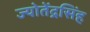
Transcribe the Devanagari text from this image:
ज्योतेंद्रसिंह